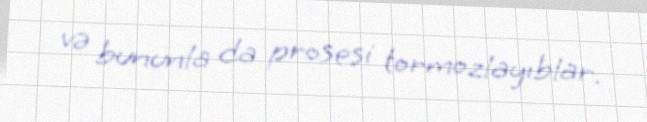
və bununla da prosesi tormozlayıblar.